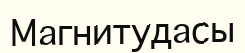
Магнитудасы